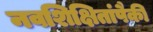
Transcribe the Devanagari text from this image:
नवशिक्षितांपैकी